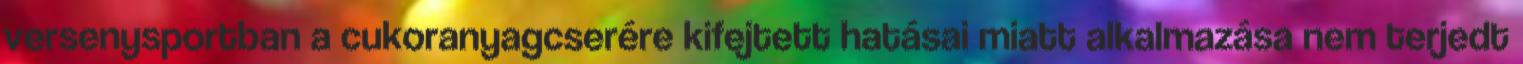
versenysportban a cukoranyagcserére kifejtett hatásai miatt alkalmazása nem terjedt